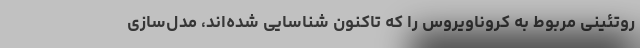
روتئینی مربوط به کروناویروس را که تاکنون شناسایی شده‌اند، مدل‌سازی